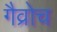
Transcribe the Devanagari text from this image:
गैव्रोच